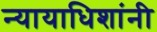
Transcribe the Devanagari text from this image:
न्यायाधिशांनी